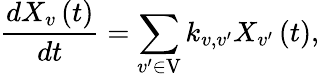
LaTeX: \frac{dX_{v}\left(t\right)}{dt}=\sum_{v^{\prime}\in\mathrm{V}}k_{v,v^{\prime}}X_{v^{\prime}}\left(t\right),